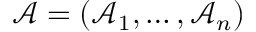
\mathcal { A } = ( \mathcal { A } _ { 1 } , \ldots , \mathcal { A } _ { n } )